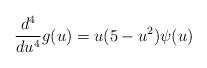
LaTeX: \begin{align*} \frac{d^4}{du^4}g(u)&=u(5-u^2)\psi(u)\end{align*}